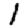
Digit: 1